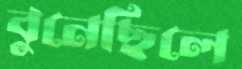
বুনেছিলে